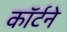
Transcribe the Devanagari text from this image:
कॉर्टने